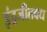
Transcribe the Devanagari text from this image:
इंद्रजीतवध